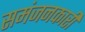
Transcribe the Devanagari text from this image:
समंजनकारी